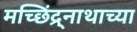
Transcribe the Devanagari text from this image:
मच्छिंद्र्नाथाच्या